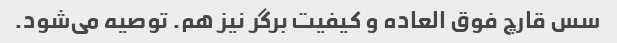
سس قارچ فوق العاده و کیفیت برگر نیز هم. توصیه می‌شود.